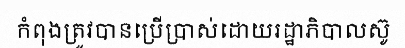
កំពុងត្រូវបានប្រើប្រាស់ដោយរដ្ឋាភិបាលស៊ូ